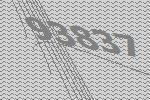
93837